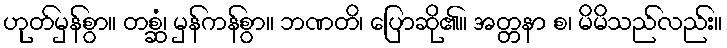
ဟုတ်မှန်စွာ။ တစ္ဆံ၊ မှန်ကန်စွာ။ ဘဏတိ၊ ပြောဆို၏။ အတ္တနာ စ၊ မိမိသည်လည်း။